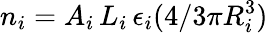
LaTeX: n_{i}=A_{i}\, L_{i}\, \epsilon_{i}(4/3\pi R_{i}^{3})